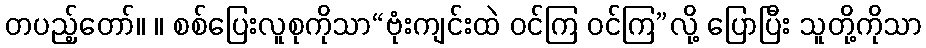
တပည့်တော်။ ။ စစ်ပြေးလူစုကိုသာ“ဗုံးကျင်းထဲ ဝင်ကြ ဝင်ကြ”လို့ ပြောပြီး သူတို့ကိုသာ